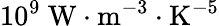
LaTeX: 10^{9}\ \mathrm{W}\cdot\mathrm{m}^{-3}\cdot\mathrm{K}^{-5}